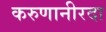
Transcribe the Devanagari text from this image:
करुणानीरदा